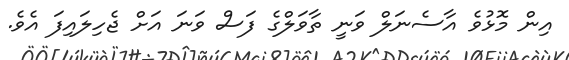
އިން މޮޅުވެ އާސެނަލް ވަނީ ތާވަލްގެ ފަސް ވަނަ އަށް ޖެހިލައިފަ އެވެ.